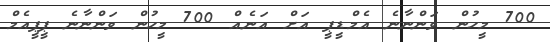
700 މީހުން ވަންނާނެ އެމްޑީޕީ އަށް އަނެއް 700 މީހުން ވަންނާނެ ޕީޕީއެމް